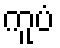
ကူပံ